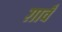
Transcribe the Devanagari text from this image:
ग़ावँ